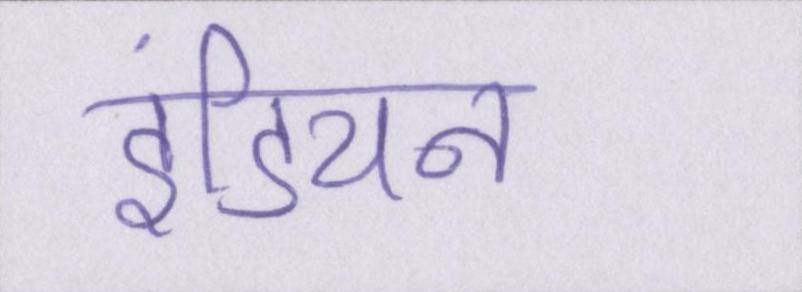
इंडियन